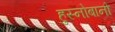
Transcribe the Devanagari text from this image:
हुस्नोबानो